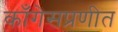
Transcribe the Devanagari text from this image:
काँगेसप्रणीत